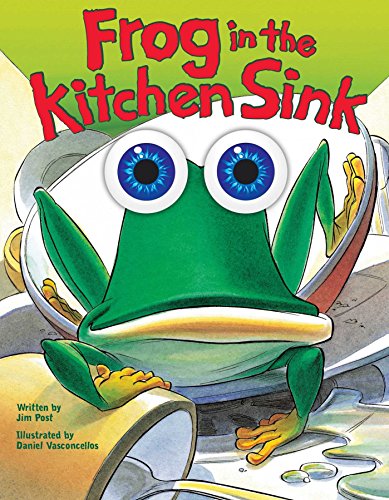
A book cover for Frog in the Kitchen Sink; Jim Post; Children's Books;